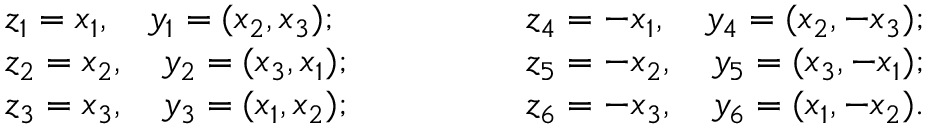
\begin{array} { l } { z _ { 1 } = x _ { 1 } , \quad y _ { 1 } = ( x _ { 2 } , x _ { 3 } ) ; } \\ { z _ { 2 } = x _ { 2 } , \quad y _ { 2 } = ( x _ { 3 } , x _ { 1 } ) ; } \\ { z _ { 3 } = x _ { 3 } , \quad y _ { 3 } = ( x _ { 1 } , x _ { 2 } ) ; } \end{array} \qquad \qquad \begin{array} { l } { z _ { 4 } = - x _ { 1 } , \quad y _ { 4 } = ( x _ { 2 } , - x _ { 3 } ) ; } \\ { z _ { 5 } = - x _ { 2 } , \quad y _ { 5 } = ( x _ { 3 } , - x _ { 1 } ) ; } \\ { z _ { 6 } = - x _ { 3 } , \quad y _ { 6 } = ( x _ { 1 } , - x _ { 2 } ) . } \end{array}